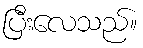
ပြီးလေသည်။